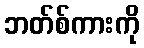
ဘတ်စ်ကားကို